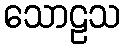
သောဠသ